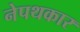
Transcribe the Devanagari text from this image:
नेपथकार